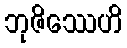
ဘုဇိဿေဟိ